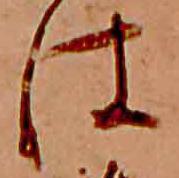
は